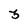
Character: 3